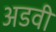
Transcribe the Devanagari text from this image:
अडवी